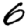
Digit: 6